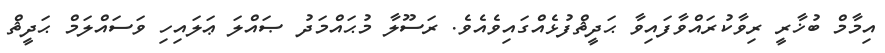
އިމާމް ބުޚާރީ ރިވާކުރައްވާފައިވާ ޙަދީޘްފުޅެއްގައިވެއެވެ. ރަސޫލާ މުޙައްމަދު ޞައްލަ ޢަލައިހި ވަސައްލަމް ޙަދީޘް